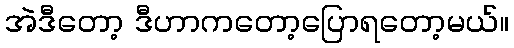
အဲဒီတော့ ဒီဟာကတော့ပြောရတော့မယ်။